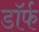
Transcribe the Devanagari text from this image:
डॉर्फ